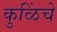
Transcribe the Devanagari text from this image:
कुळिंचे